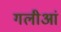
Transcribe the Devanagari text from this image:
गलीआं